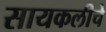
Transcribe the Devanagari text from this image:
सायकलीचे